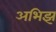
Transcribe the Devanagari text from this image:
अभिझ